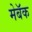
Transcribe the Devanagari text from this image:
मेबॅक